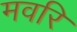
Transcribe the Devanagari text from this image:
मवरि